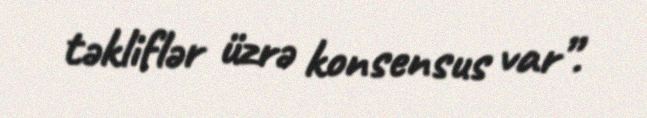
təkliflər üzrə konsensus var”.